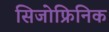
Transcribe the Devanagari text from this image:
सिजोफ्रिनिक